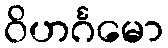
ဝိဟင်္ဂမော